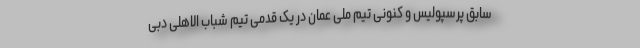
سابق پرسپولیس و کنونی تیم ملی عمان در یک قدمی تیم شباب الاهلی دبی